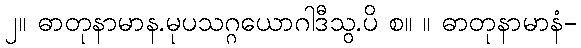
၂။ ဓာတုနာမာန.မုပသဂ္ဂယောဂါဒီသွ.ပိ စ။ ။ ဓာတုနာမာနံ-